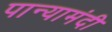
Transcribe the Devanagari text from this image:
पान्यामंदी